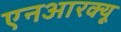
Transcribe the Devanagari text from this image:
एनआरक्यू